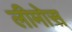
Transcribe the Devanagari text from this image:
लीमोस